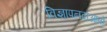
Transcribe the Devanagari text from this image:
विज्ञापनदाआतों